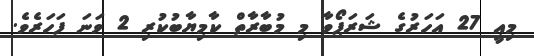
މިއީ 27 އަހަރުގެ ޝަރަޕޯވާ މި މުބާރާތް ކާމިޔާބުކުރި 2 ވަނަ ފަހަރެވެ.